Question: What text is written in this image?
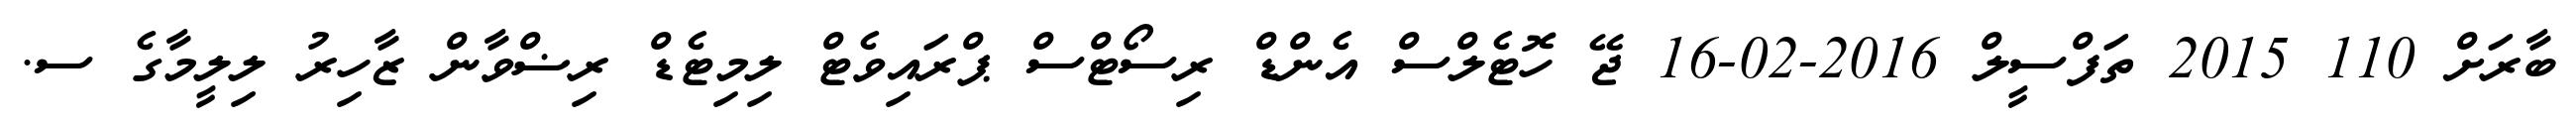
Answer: ބާރަށް 110 2015 ތަފްސީލް 2016-02-16 ޖޭ ހޮޓެލްސް އެންޑް ރިސޯޓްސް ޕްރައިވެޓް ލިމިޓެޑް ރިޟްވާން ޒާހިރު ލިލީމާގެ ސ.